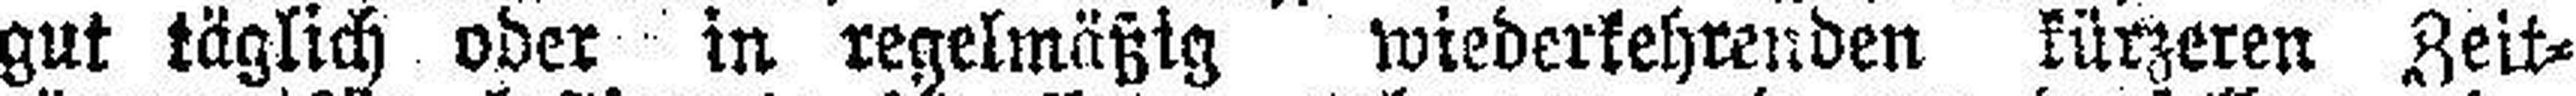
gut täglich oder in regelmäßig wiederkehrenden kürzeren Zeit¬